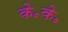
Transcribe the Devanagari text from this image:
के॰के॰